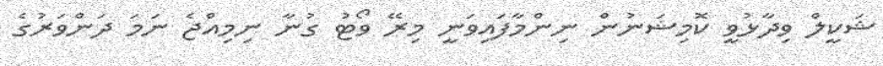
ޝަކީލް ވިދާޅުވީ ކޮމިޝަނުން ނިންމާފައިވަނީ މިރޭ ވޯޓު ގުނާ ނިމިއްޖެ ނަމަ ދަންވަރުގެ